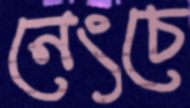
নেংচে